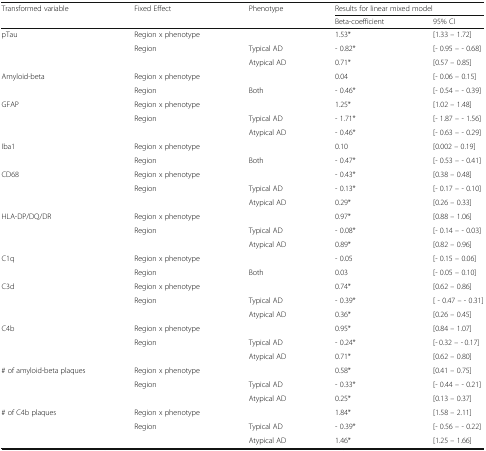
<table><thead><tr><td rowspan="2"><b>Transformed variable</b></td><td rowspan="2"><b>Fixed Effect</b></td><td rowspan="2"><b>Phenotype</b></td><td colspan="2"><b>Results for linear mixed model</b></td></tr><tr><td><b>Beta-coefficient</b></td><td><b>95% CI</b></td></tr></thead><tbody><tr><td rowspan="3">pTau</td><td>Region x phenotype</td><td></td><td>1.53*</td><td>[1.33 – 1.72]</td></tr><tr><td rowspan="2">Region</td><td>Typical AD</td><td>- 0.82*</td><td>[- 0.95 – - 0.68]</td></tr><tr><td>Atypical AD</td><td>0.71*</td><td>[0.57 – 0.85]</td></tr><tr><td rowspan="2">Amyloid-beta</td><td>Region x phenotype</td><td></td><td>0.04</td><td>[- 0.06 – 0.15]</td></tr><tr><td>Region</td><td>Both</td><td>- 0.46*</td><td>[- 0.54 – - 0.39]</td></tr><tr><td rowspan="3">GFAP</td><td>Region x phenotype</td><td></td><td>1.25*</td><td>[1.02 – 1.48]</td></tr><tr><td rowspan="2">Region</td><td>Typical AD</td><td>- 1.71*</td><td>[- 1.87 – - 1.56]</td></tr><tr><td>Atypical AD</td><td>- 0.46*</td><td>[- 0.63 – - 0.29]</td></tr><tr><td rowspan="2">Iba1</td><td>Region x phenotype</td><td></td><td>0.10</td><td>[0.002 – 0.19]</td></tr><tr><td>Region</td><td>Both</td><td>- 0.47*</td><td>[- 0.53 – - 0.41]</td></tr><tr><td rowspan="3">CD68</td><td>Region x phenotype</td><td></td><td>- 0.43*</td><td>[0.38 – 0.48]</td></tr><tr><td rowspan="2">Region</td><td>Typical AD</td><td>- 0.13*</td><td>[- 0.17 – - 0.10]</td></tr><tr><td>Atypical AD</td><td>0.29*</td><td>[0.26 – 0.33]</td></tr><tr><td rowspan="3">HLA-DP/DQ/DR</td><td>Region x phenotype</td><td></td><td>0.97*</td><td>[0.88 – 1.06]</td></tr><tr><td rowspan="2">Region</td><td>Typical AD</td><td>- 0.08*</td><td>[- 0.14 – - 0.03]</td></tr><tr><td>Atypical AD</td><td>0.89*</td><td>[0.82 – 0.96]</td></tr><tr><td rowspan="2">C1q</td><td>Region x phenotype</td><td></td><td>- 0.05</td><td>[- 0.15 – 0.06]</td></tr><tr><td>Region</td><td>Both</td><td>0.03</td><td>[- 0.05 – 0.10]</td></tr><tr><td rowspan="3">C3d</td><td>Region x phenotype</td><td></td><td>0.74*</td><td>[0.62 – 0.86]</td></tr><tr><td rowspan="2">Region</td><td>Typical AD</td><td>- 0.39*</td><td>[ - 0.47 – - 0.31]</td></tr><tr><td>Atypical AD</td><td>0.36*</td><td>[0.26 – 0.45]</td></tr><tr><td rowspan="3">C4b</td><td>Region x phenotype</td><td></td><td>0.95*</td><td>[0.84 – 1.07]</td></tr><tr><td rowspan="2">Region</td><td>Typical AD</td><td>- 0.24*</td><td>[- 0.32 – - 0.17]</td></tr><tr><td>Atypical AD</td><td>0.71*</td><td>[0.62 – 0.80]</td></tr><tr><td rowspan="3"># of amyloid-beta plaques</td><td>Region x phenotype</td><td></td><td>0.58*</td><td>[0.41 – 0.75]</td></tr><tr><td rowspan="2">Region</td><td>Typical AD</td><td>- 0.33*</td><td>[- 0.44 – - 0.21]</td></tr><tr><td>Atypical AD</td><td>0.25*</td><td>[0.13 – 0.37]</td></tr><tr><td rowspan="3"># of C4b plaques</td><td>Region x phenotype</td><td></td><td>1.84*</td><td>[1.58 – 2.11]</td></tr><tr><td rowspan="2">Region</td><td>Typical AD</td><td>- 0.39*</td><td>[- 0.56 – - 0.22]</td></tr><tr><td>Atypical AD</td><td>1.46*</td><td>[1.25 – 1.66]</td></tr></tbody></table>